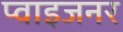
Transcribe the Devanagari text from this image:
प्वाइजनर